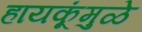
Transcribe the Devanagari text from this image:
हायकूंमुळे